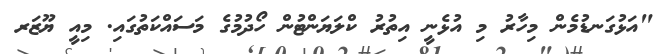
"އަޅުގަނޑުމެން މިހާރު މި އުޅެނީ އިތުރު ކްލަޔަންޓުން ހޯދުމުގެ މަސައްކަތުގައި. މިއީ ޔޫޒަރ